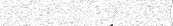
٨٧